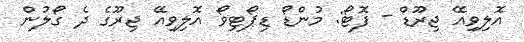
އޮލިވިއޭ ޖިރޫޑް - ފޮޓޯ: މުންޑޯ ޑިޕޯޓިވޯ އޮލިވިއޭ ޖިރޫގެ ދެ ގޯލުން